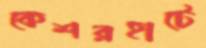
কেশরহাটে